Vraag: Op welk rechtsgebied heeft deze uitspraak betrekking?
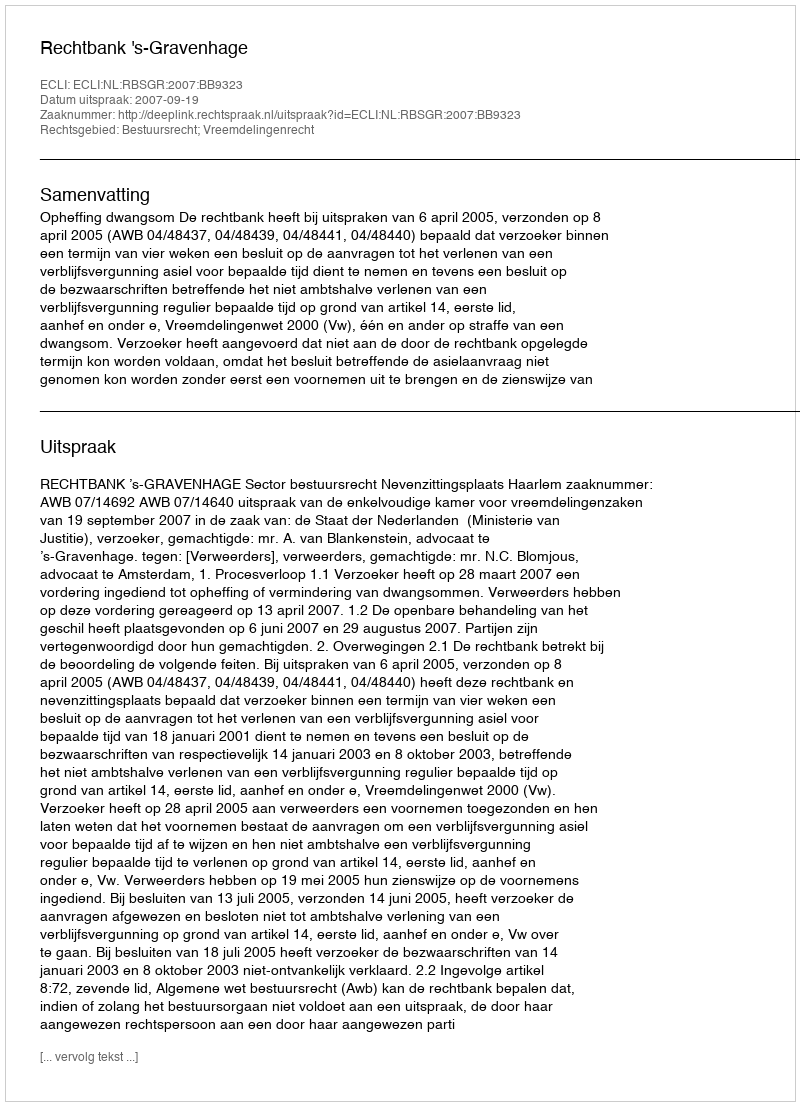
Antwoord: Bestuursrecht; Vreemdelingenrecht